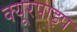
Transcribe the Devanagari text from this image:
क्‍यूरपाइप